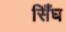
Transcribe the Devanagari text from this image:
सिँघ